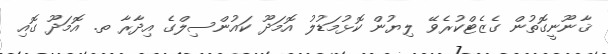
ޤާނޫނީގޮތުން ގެޒެޓްކުރެވޭ ލިޔުން ކޮޅުމަޑުލު އޮމަދޫ ކައުންސިލްގެ އިދާރާ ތ. އޮމަދޫ ގޮއި